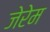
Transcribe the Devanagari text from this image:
जेरेम